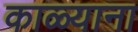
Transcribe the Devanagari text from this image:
काळ्याना